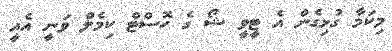
މިކަމާ ގުޅިގެން އެ ޓީވީ ޝޯ ގެ ހޮސްޓް ކިމެލް ވަނީ އެއީ